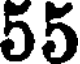
55